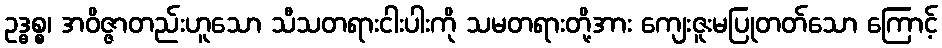
ဥဒ္ဓစ္စ၊ အဝိဇ္ဇာတည်းဟူသော သီသတရားငါးပါးကို သမတရားတို့အား ကျေးဇူးမပြုတတ်သော ကြောင့်